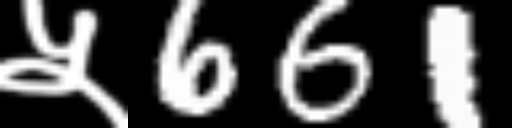
Text: ५661